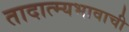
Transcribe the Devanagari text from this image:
तादात्म्यभावाची